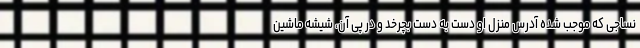
نساجی که موجب شده آدرس منزل او دست به دست بچرخد و در پی آن، شیشه ماشین